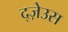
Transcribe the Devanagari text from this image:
द्ज़ेउस